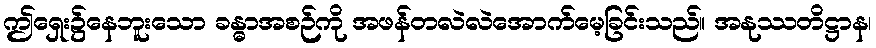
ဤရှေး၌နေဘူးသော ခန္ဓာအစဉ်ကို အဖန်တလဲလဲအောက်မေ့ခြင်းသည်။ အနုဿတိဋ္ဌာန၊